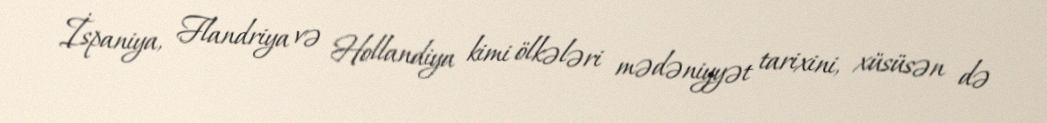
İspaniya, Flandriya və Hollandiya kimi ölkələri mədəniyyət tarixini, xüsüsən də